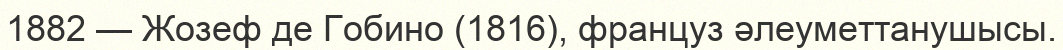
1882 — Жозеф де Гобино (1816), француз әлеуметтанушысы.